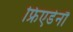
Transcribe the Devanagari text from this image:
फ्रिएडेनौ